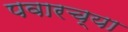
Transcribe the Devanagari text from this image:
पवारच्या